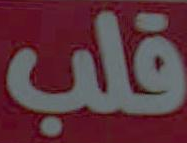
قلب